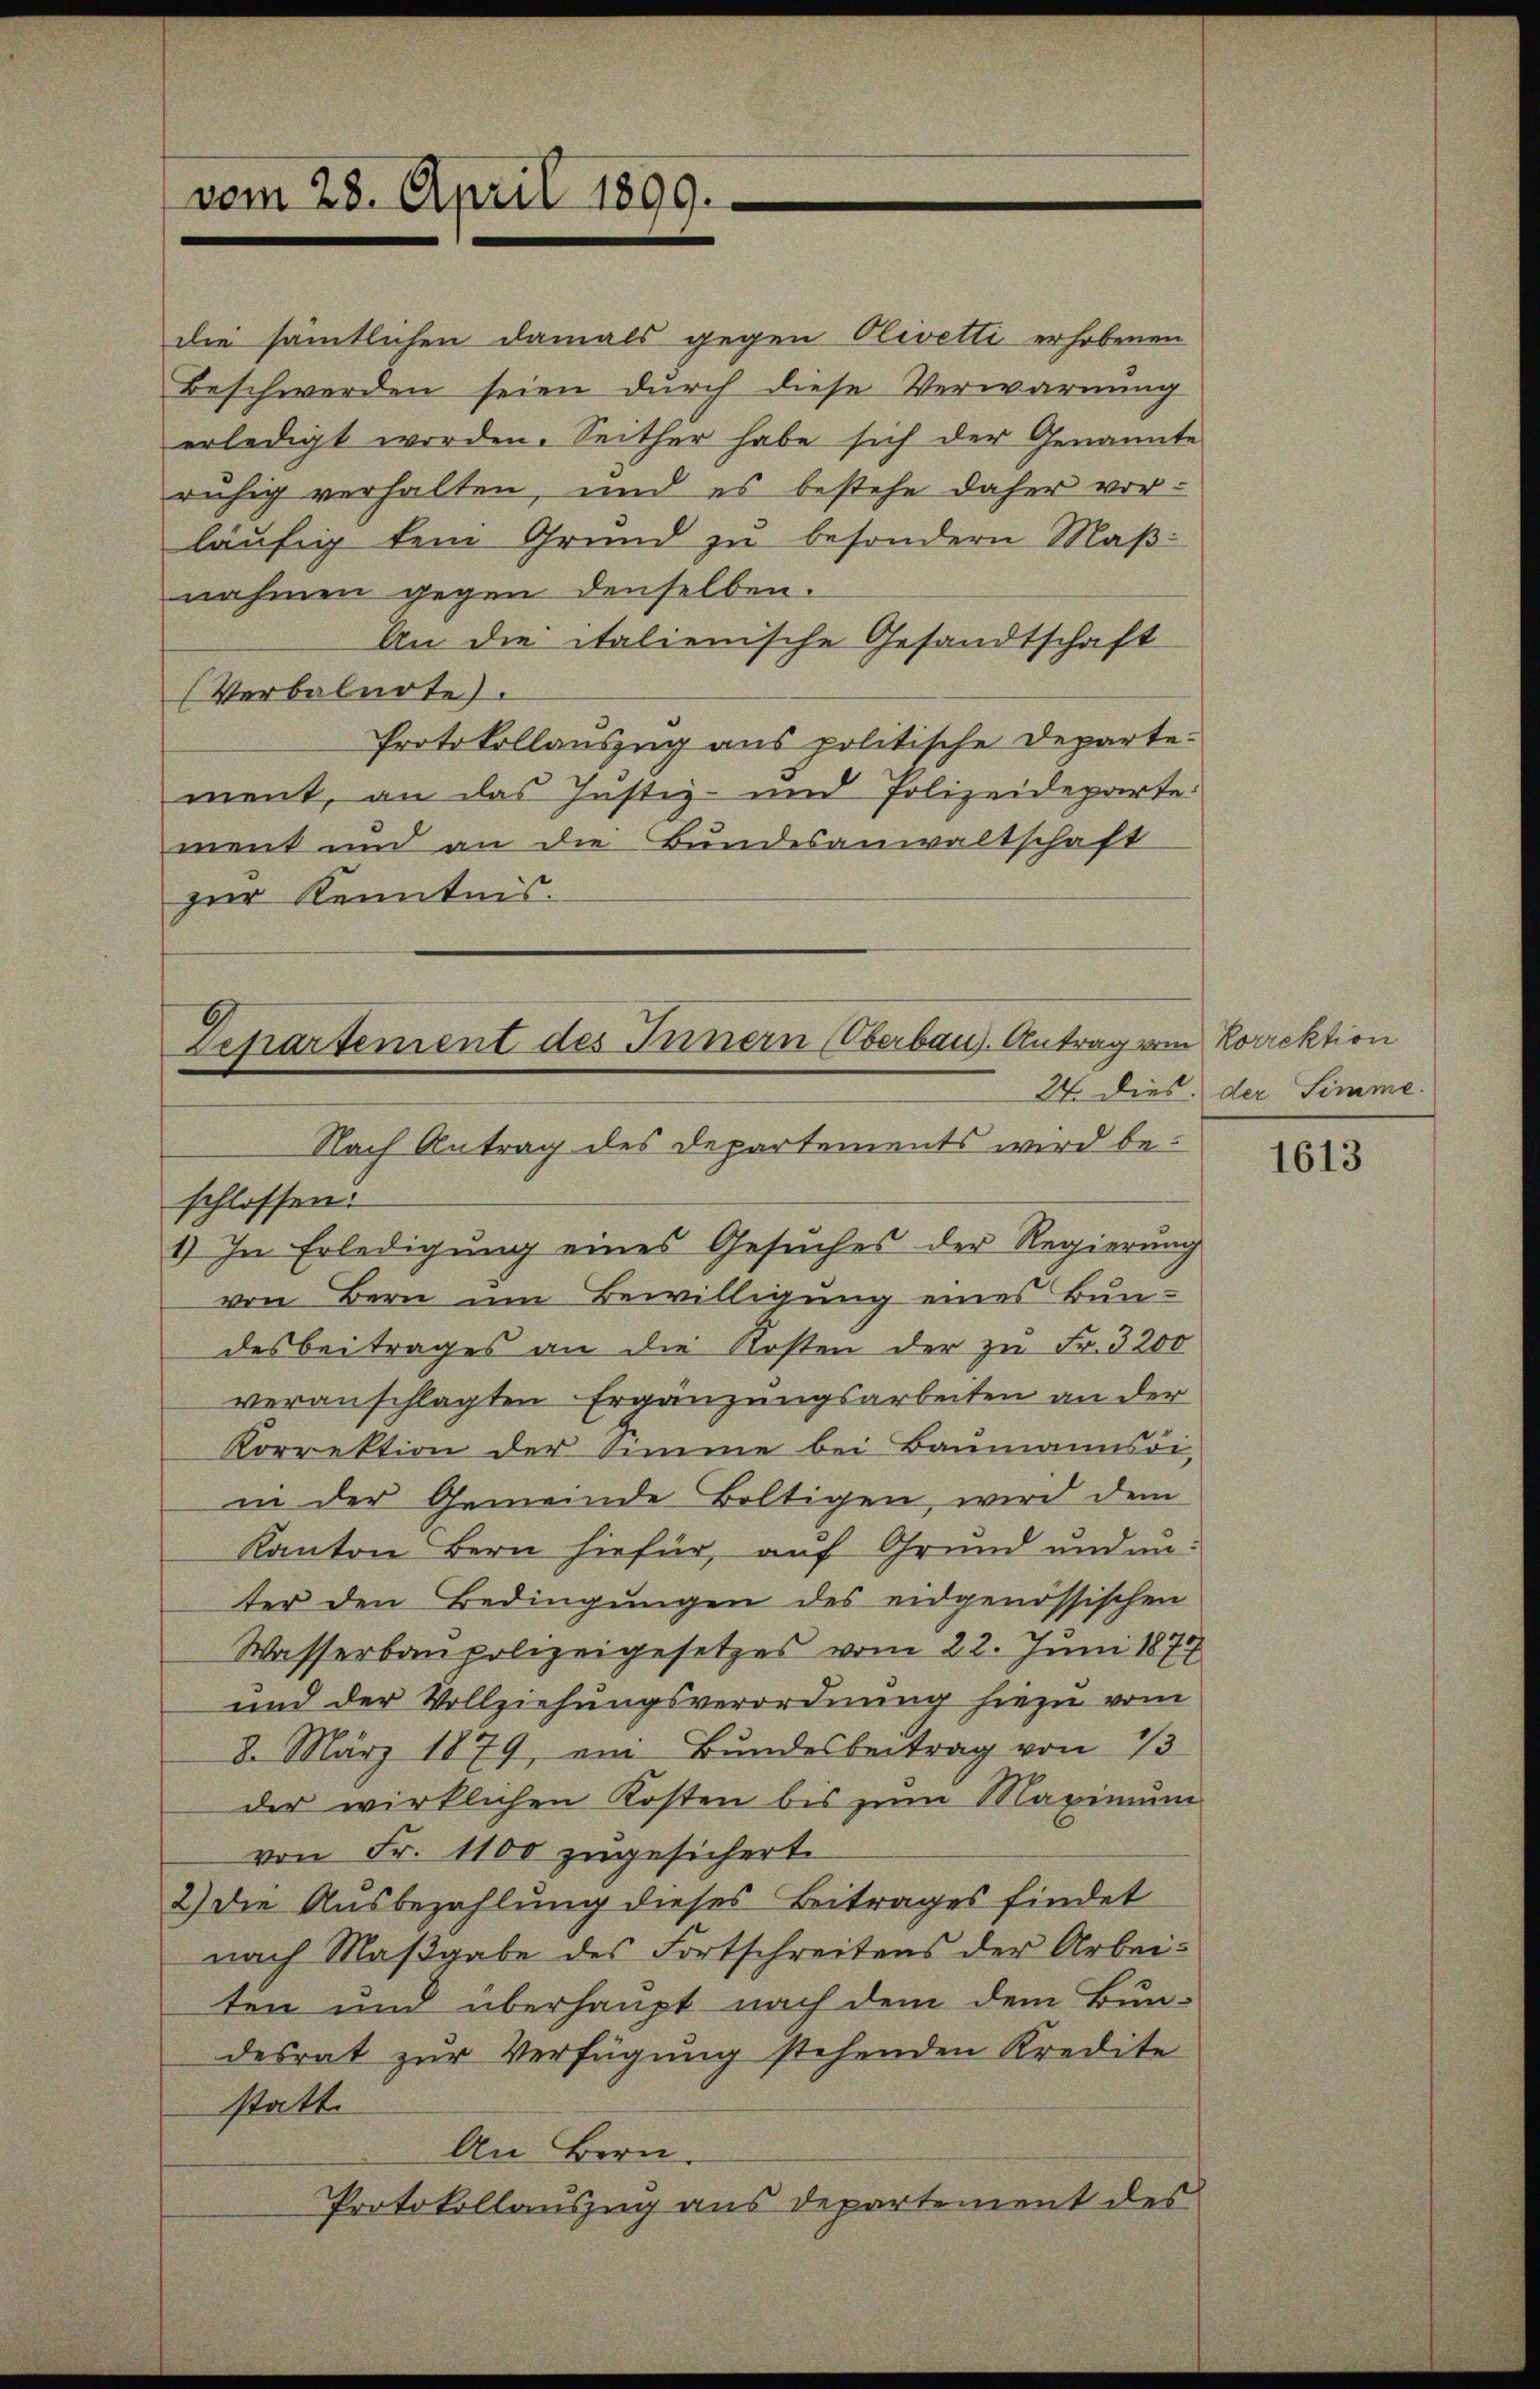
vom 28. April 1899.

Departement des Innern (Oberbau. Antrag vom Korrektion
Nach Antrag des Departements wird be¬

die sämtlichen damals gegen Olivetti erhobenen
Beschwerden seien durch diese Verwarnung
erledigt worden. Seither habe sich der Genannte
ruhig verhalten, und es bestehe daher vorläufig kein Grund zu besondern Maßnahmen gegen denselben.
An die italienische Gesandtschaft
Verbalnote).
Protokollauszug aus politische Departe-
ment, an das Justiz- und Polizeideparte:
ment und an die Bundesanwaltschaft
zur Kenntnis.

schlossen.
1) In Erledigung eines Gesuches der Regierung
von Bern um Bewilligung eines Bundesbeitrages an die Kosten der zu Fr. 3200
veranschlagten Ergänzungsarbeiten an der
Korrektion der Simme bei Baumannsdi-
in der Gemeinde Boltigen, wird dem
Kanton Bern hiefür, auf Grund und anter den Bedingungen des eidgenössischen
Wasserbaupolizeigesetzes vom 22. Juni 1874
und der Vollziehungsverordnung hiezu vom
8. März 1879, ein Bundesbeitrag von 13
der wirklichen Kosten bis zum Maximŭm
von Fr. 1100 zugesichert.
2) die Ausbezahlung dieses Beitrages findet
nach Maßgabe des Fortschreitens der Arbeiten und überhaupt nach dem dem Bundesrat zur Verfügung stehenden Kredite
statt.
An Bern.
Protokollauszug aus Departement des

24. dies der Simme.

1613